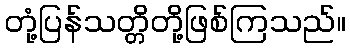
တုံ့ပြန်သတ္တိတို့ဖြစ်ကြသည်။